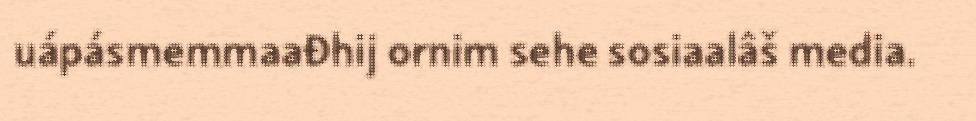
uápásmemmaađhij ornim sehe sosiaalâš media.